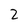
Character: 2